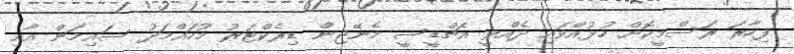
ފިހާރަ ރަސްމީކޮށް ހުޅުއްވައި ދެއްވީ އެޗްޑީސީ މެނޭޖިން ޑިރެކްޓަރު މުހައްމަދު ސައިމަން އާއި